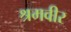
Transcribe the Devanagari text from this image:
श्रमवीर